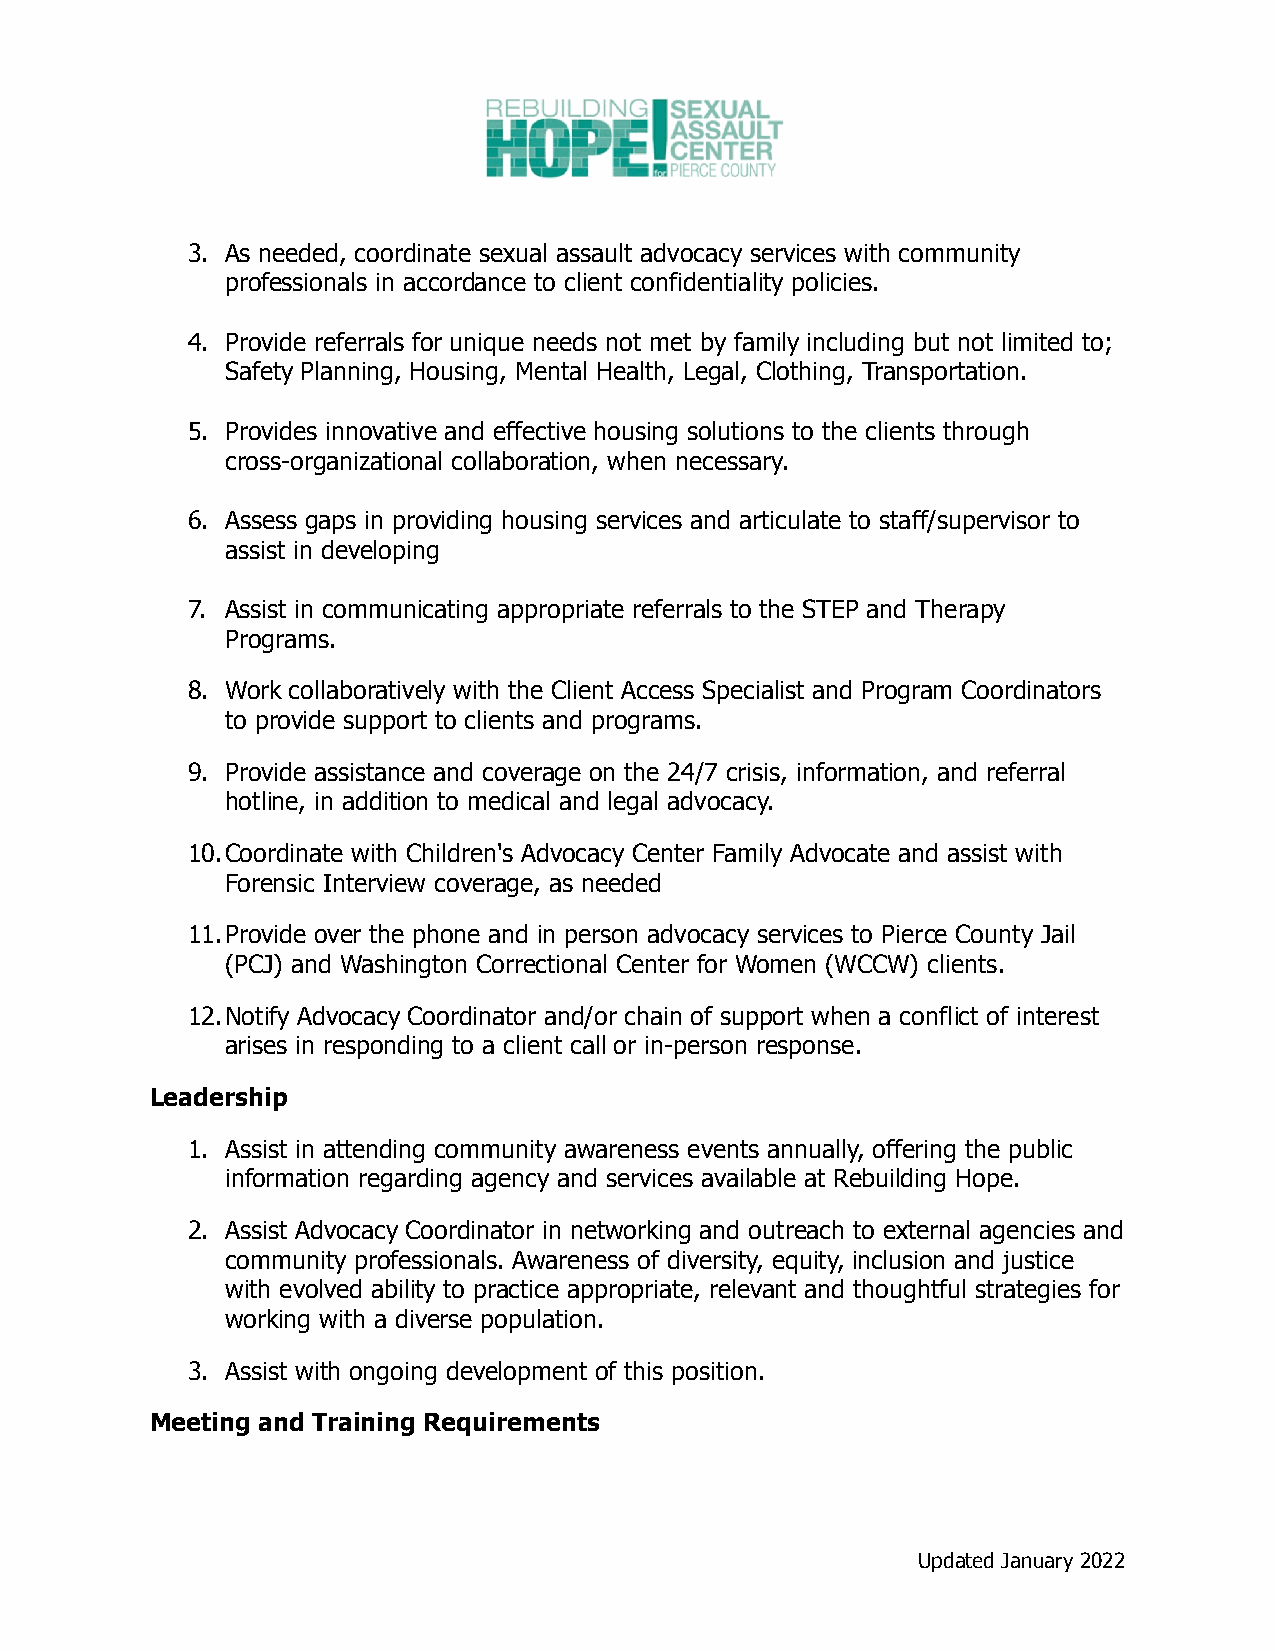
3. As needed, coordinate sexual assault advocacy services with community
 professionals in accordance to client confidentiality policies.
 4. Provide referrals for unique needs not met by family including but not limited to;
 Safety Planning, Housing, Mental Health, Legal, Clothing, Transportation.
 5. Provides innovative and effective housing solutions to the clients through
 cross-organizational collaboration, when necessary.
 6. Assess gaps in providing housing services and articulate to staff/supervisor to
 assist in developing
 7. Assist in communicating appropriate referrals to the STEP and Therapy
 Programs.
 8. Work collaboratively with the Client Access Specialist and Program Coordinators
 to provide support to clients and programs.
 9. Provide assistance and coverage on the 24/7 crisis, information, and referral
 hotline, in addition to medical and legal advocacy.
 10.Coordinate with Children's Advocacy Center Family Advocate and assist with
 Forensic Interview coverage, as needed
 11.Provide over the phone and in person advocacy services to Pierce County Jail
 (PCJ) and Washington Correctional Center for Women (WCCW) clients.
 12.Notify Advocacy Coordinator and/or chain of support when a conflict of interest
 arises in responding to a client call or in-person response.
 Leadership
 1. Assist in attending community awareness events annually, offering the public
 information regarding agency and services available at Rebuilding Hope.
 2. Assist Advocacy Coordinator in networking and outreach to external agencies and
 community professionals. Awareness of diversity, equity, inclusion and justice
 with evolved ability to practice appropriate, relevant and thoughtful strategies for
 working with a diverse population.
 3. Assist with ongoing development of this position.
 Meeting and Training Requirements
 Updated January 2022